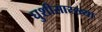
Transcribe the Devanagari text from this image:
घुशीसारख्या